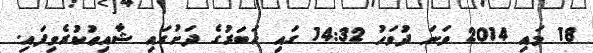
18 މައި 2014 ވަނަ ދުވަހު 14:32 ގައި ޚަބަރުގެ ދަށުގައި ޝާއިޢުކުރެވިފައި.